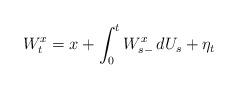
LaTeX: \begin{align*} W_t^x = x + \int_0^t W_{s-}^x \, dU_s + \eta_t\end{align*}